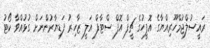
ރައީސުލްޖުމްހޫރިއްޔާގެ އޮފީހުގެ ޗީފް އޮފް ސްޓާފް އަލީ ޒާހިރު ފަޑިޔާރުންނަށް ގުޅުއްވާ ކޯޓު